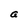
Character: a